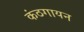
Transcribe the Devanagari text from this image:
कंठगायन